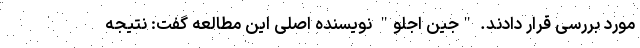
مورد بررسی قرار دادند. "جین اِجلو" نویسنده اصلی این مطالعه گفت: نتیجه